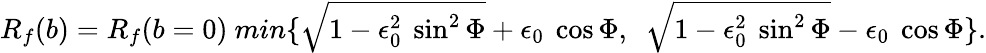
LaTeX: R_{f}(b)=R_{f}(b=0)~min\{ \sqrt{1-\epsilon_{0}^{2}~\sin^{2}\Phi}+\epsilon_{0}~\cos\Phi,~~\sqrt{1-\epsilon_{0}^{2}~\sin^{2}\Phi}-\epsilon_{0}~\cos\Phi\} .